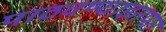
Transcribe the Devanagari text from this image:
पाठवण्याइतपत